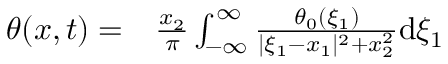
\begin{array} { r l } { \theta ( x , t ) = } & { { } \frac { x _ { 2 } } { \pi } \int _ { - \infty } ^ { \infty } \frac { \theta _ { 0 } ( \xi _ { 1 } ) } { | \xi _ { 1 } - x _ { 1 } | ^ { 2 } + x _ { 2 } ^ { 2 } } \mathrm { d } \xi _ { 1 } } \end{array}